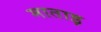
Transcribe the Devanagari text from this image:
माताइ